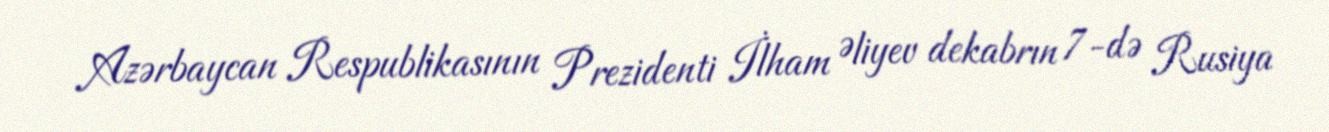
Azərbaycan Respublikasının Prezidenti İlham Əliyev dekabrın 7-də Rusiya